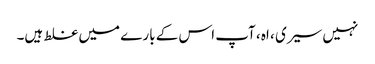
نہیں سیری ، اہ ، آپ اس کے بارے میں غلط ہیں۔